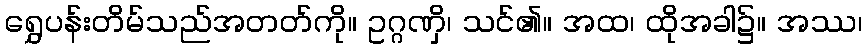
ရွှေပန်းတိမ်သည်အတတ်ကို။ ဥဂ္ဂဏှိ၊ သင်၏။ အထ၊ ထိုအခါ၌။ အဿ၊